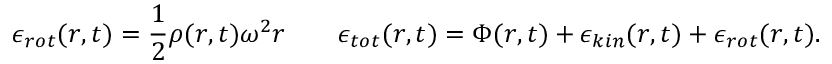
\epsilon _ { r o t } ( r , t ) = \frac { 1 } { 2 } \rho ( r , t ) \omega ^ { 2 } r \quad \quad \epsilon _ { t o t } ( r , t ) = \Phi ( r , t ) + \epsilon _ { k i n } ( r , t ) + \epsilon _ { r o t } ( r , t ) .